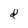
Character: d